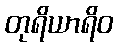
တုရိယာရိဝ